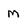
Character: M